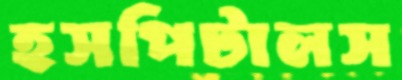
হসপিটালস